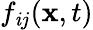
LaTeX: f_{\mathit{i}j}(\mathbf{x},t)